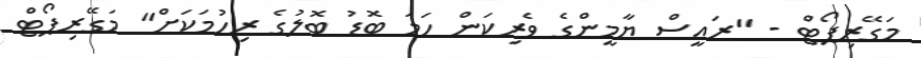
މަގޭރިޕޯޓް - "ރައީސް ޔާމީންގެ ވެރިކަން ހަމަ ބޮޑު ބޮލުގެ ރިހުމަކަށް" މަގޭރިޕޯޓް